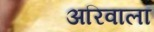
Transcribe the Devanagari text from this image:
अरिवाला